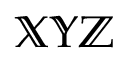
\mathbb { X Y Z }